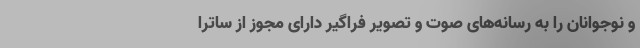
و نوجوانان را به رسانه‌های صوت و تصویر فراگیر دارای مجوز از ساترا